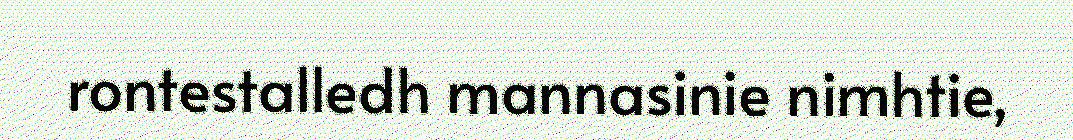
rontestalledh mannasinie nimhtie,